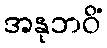
အနုဘဝိံ